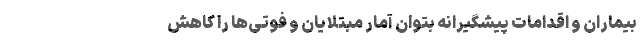
بیماران و اقدامات پیشگیرانه بتوان آمار مبتلایان و فوتی‌ها را کاهش